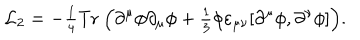
{ \cal L } _ { 2 } = - { \textstyle \frac 1 4 } \mathrm { T r } ~ \Bigl ( \partial ^ { \mu } \phi \partial _ { \mu } \phi + { \textstyle \frac 1 3 } \phi \varepsilon _ { \mu \nu } [ \partial ^ { \mu } \phi , \partial ^ { \nu } \phi ] \Bigr ) .